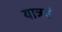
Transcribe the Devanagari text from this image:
यात्रएं